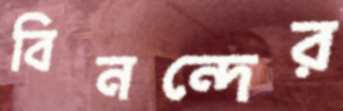
বিনন্দের